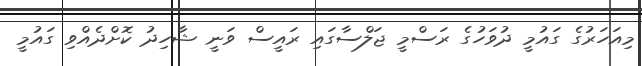
މިއަހަރުގެ ގައުމީ ދުވަހުގެ ރަސްމީ ޖަލްސާގައި ރައީސް ވަނީ ޝާހިދު ކޮށްދެއްވި ގައުމީ